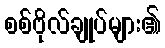
စစ်ဗိုလ်ချုပ်များ၏